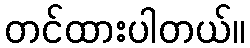
တင်ထားပါတယ်။